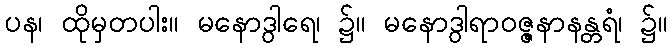
ပန၊ ထိုမှတပါး။ မနောဒွါရေ၊ ၌။ မနောဒွါရာဝဇ္ဇနာနန္တရံ၊ ၌။